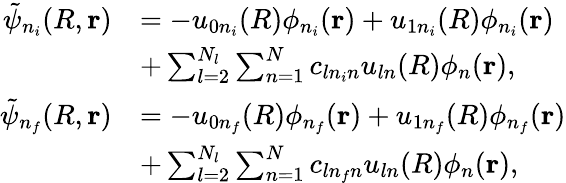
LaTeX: \begin{array}{rl}{\tilde{\psi}_{n_{i}}(R,\mathbf{r})}&{=-u_{0n_{i}}(R)\phi_{n_{i}}(\mathbf{r})+u_{1n_{i}}(R)\phi_{n_{i}}(\mathbf{r})}\\ &{+\sum_{l=2}^{N_{l}}\sum_{n=1}^{N}c_{ln_{i}n}u_{ln}(R)\phi_{n}(\mathbf{r}),}\\ {\tilde{\psi}_{n_{f}}(R,\mathbf{r})}&{=-u_{0n_{f}}(R)\phi_{n_{f}}(\mathbf{r})+u_{1n_{f}}(R)\phi_{n_{f}}(\mathbf{r})}\\ &{+\sum_{l=2}^{N_{l}}\sum_{n=1}^{N}c_{ln_{f}n}u_{ln}(R)\phi_{n}(\mathbf{r}),}\end{array}